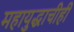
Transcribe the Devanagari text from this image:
महायुद्धाचीही